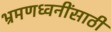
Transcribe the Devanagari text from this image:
भ्रमणध्वनींसाठी